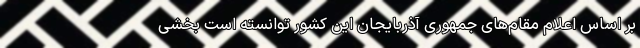
بر اساس اعلام مقام‌های جمهوری آذربایجان این کشور توانسته است بخشی